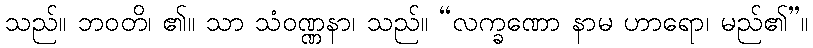
သည်။ ဘဝတိ၊ ၏။ သာ သံဝဏ္ဏနာ၊ သည်။ “လက္ခဏော နာမ ဟာရော၊ မည်၏”။